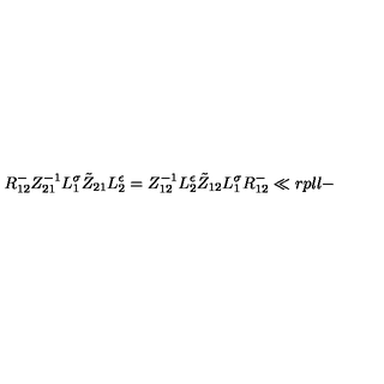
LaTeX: { R } _ { 1 2 } ^ { - } Z _ { 2 1 } ^ { - 1 } L _ { 1 } ^ { \sigma } \tilde { Z } _ { 2 1 } L _ { 2 } ^ { \epsilon } = Z _ { 1 2 } ^ { - 1 } L _ { 2 } ^ { \epsilon } \tilde { Z } _ { 1 2 } L _ { 1 } ^ { \sigma } { R } _ { 1 2 } ^ { - } \ll { r p l l - }